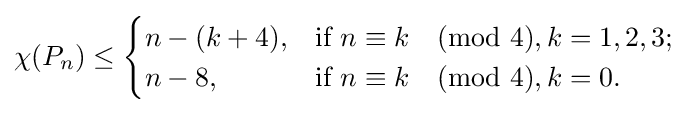
\chi (P_{n})\leq {\begin{cases}n-(k+4),&{\text{if }}n\equiv k{\pmod {4}},k=1,2,3;\\n-8,&{\text{if }}n\equiv k{\pmod {4}},k=0.\end{cases}}